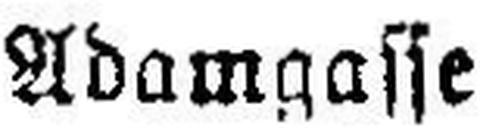
Adamgasse